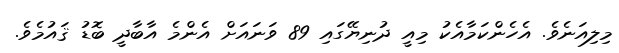
މިލިއަނެވެ. އެހެންކަމާއެކު މިއީ ދުނިޔޭގައި 89 ވަނައަށް އެންމެ އާބާދީ ބޮޑު ޤައުމެވެ.